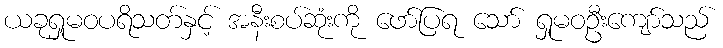
ယခုရှုမဝပရိသတ်နှင့် အနီးစပ်ဆုံးကို ဖော်ပြရ သော် ရှုမဝဦးကျော်သည်